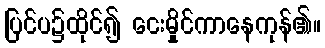
ပြင်ပ၌ထိုင်၍ ငေးမှိုင်ကာနေကုန်၏။